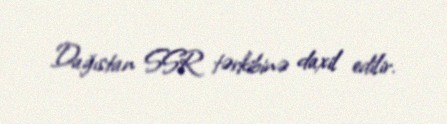
Dağıstan SSR tərkibinə daxil edilir.